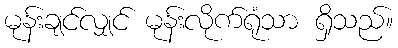
မုန်းချင်လျှင် မုန်းလိုက်ရုံသာ ရှိသည်။